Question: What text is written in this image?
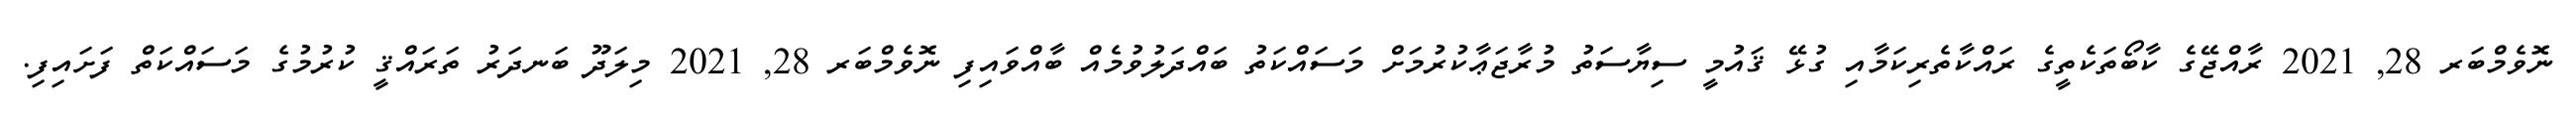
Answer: ނޮވެމްބަރ 28, 2021 ރާއްޖޭގެ ކާބޯތަކެތީގެ ރައްކާތެރިކަމާއި ގުޅޭ ޤައުމީ ސިޔާސަތު މުރާޖަޢާކުރުމަށް މަސައްކަތު ބައްދަލުވުމެއް ބާއްވައިފި ނޮވެމްބަރ 28, 2021 މިލަދޫ ބަނދަރު ތަރައްޤީ ކުރުމުގެ މަސައްކަތް ފަށައިފި.